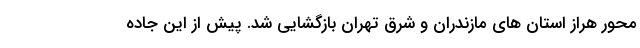
محور هراز استان های مازندران و شرق تهران بازگشایی شد. پیش از این جاده